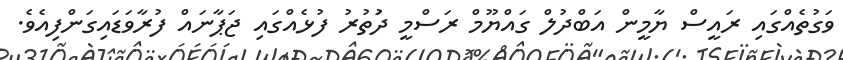
ވަގުތެއްގައި ރައީސް ޔާމީން އަބްދުލް ގައްޔޫމް ރަސްމީ ދަުތުރު ފުޅެއްގައި ޖަޕާނައް ފުރާވަޑައިގަންފިއެވެ.